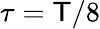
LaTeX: \tau=\mathsf{T}/8